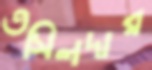
তসিলদার